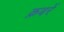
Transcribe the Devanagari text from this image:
क़बरें